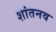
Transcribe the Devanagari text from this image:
शांतनव